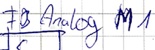
Text: FB Analog M1